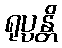
ရုပ္ပန္တိ